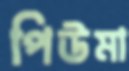
পিউমা